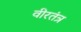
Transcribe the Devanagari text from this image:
वीरतंत्र